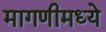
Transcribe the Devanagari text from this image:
मागणीमध्ये